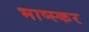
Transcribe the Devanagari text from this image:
भाष्स्कर